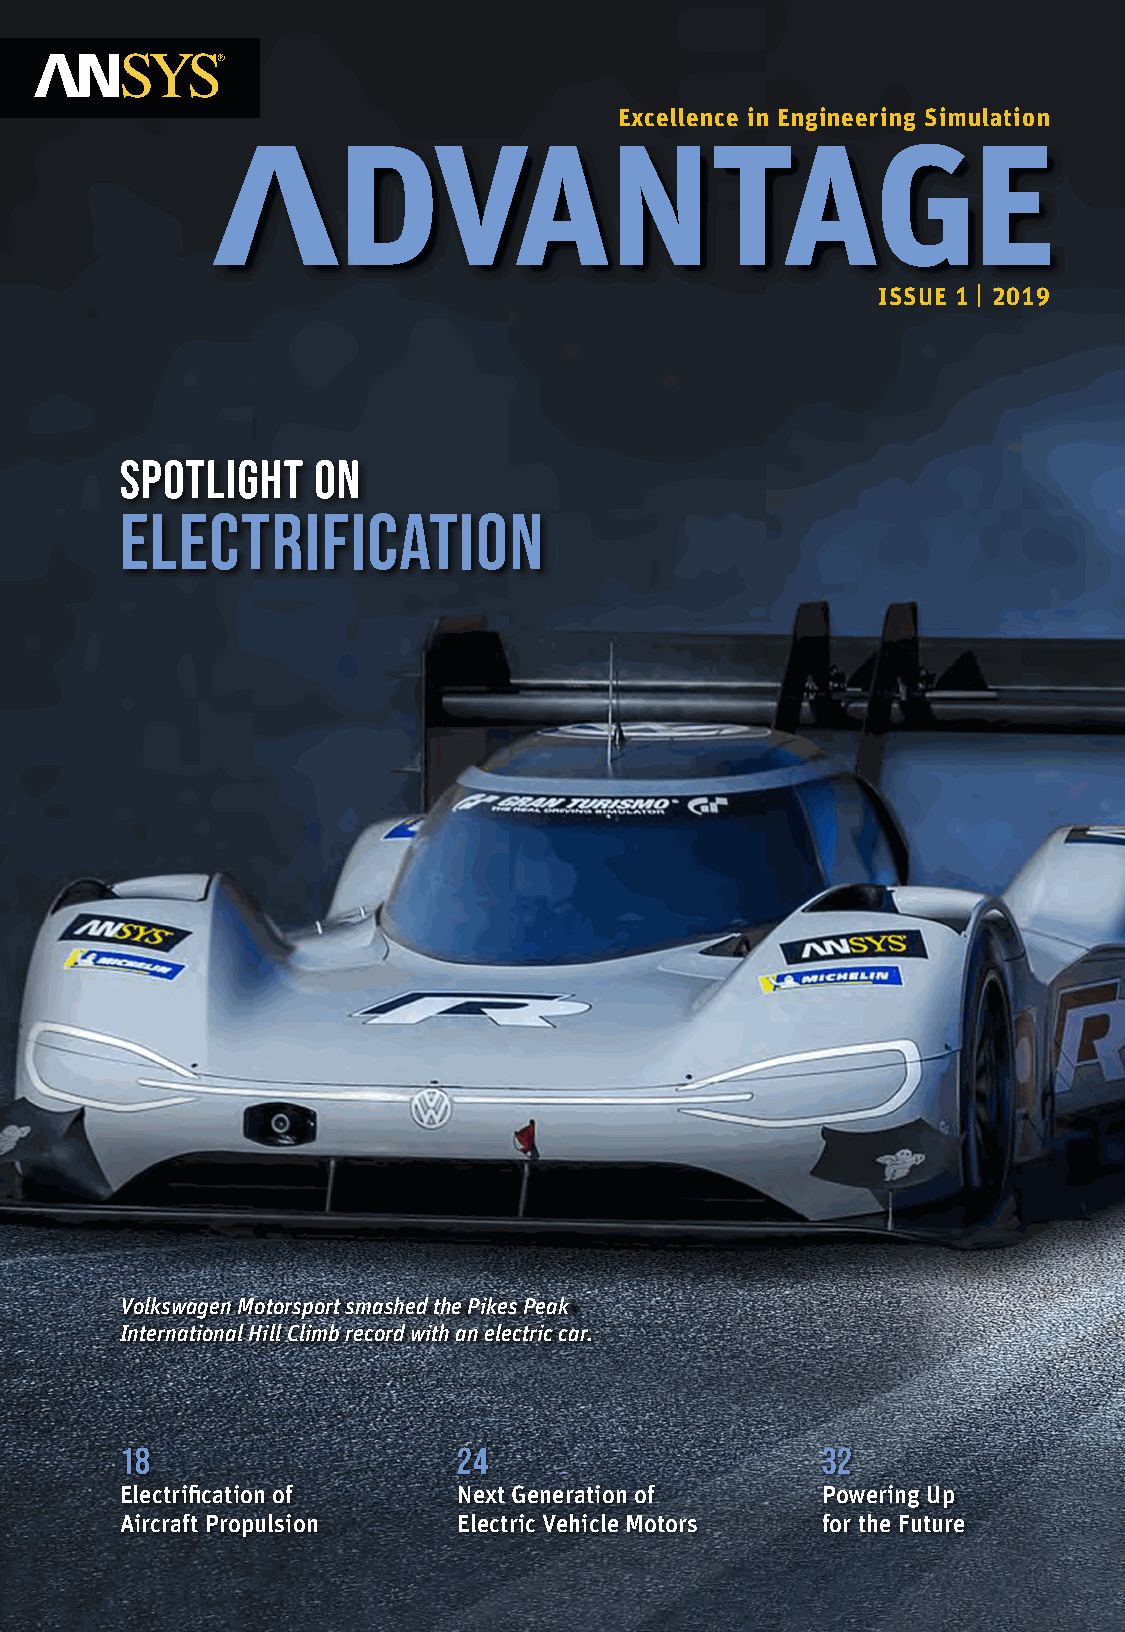
Excellence in Engineering Simulation
 ISSUE 1 | 2019
 Spotlight    on
 electrification
 Volkswagen Motorsport smashed the Pikes Peak
 International Hill Climb record with an electric car.
 18                    24                      32
 Electrification of    Next Generation of      Powering Up
 Aircraft Propulsion   Electric Vehicle Motors for the Future